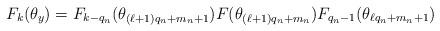
LaTeX: \begin{align*}F_k(\theta_y)=F_{k-q_n}(\theta_{(\ell+1)q_n+m_n+1})F(\theta_{(\ell+1)q_n+m_n})F_{q_n-1}(\theta_{\ell q_n+m_n+1})\end{align*}